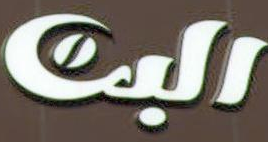
البت